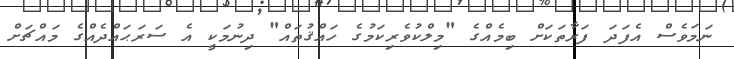
ނަމަވެސް އެފަދަ ފަރާތަކަށް ބިމެއްގެ "މިލްކުވެރިކަމުގެ ހައްޤުތައް" ދިނުމަކީ އެ ސަރަޙައްދެއްގެ މައްޗަށް